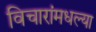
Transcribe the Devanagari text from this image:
विचारांमधल्या